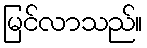
မြင်လာသည်။